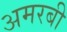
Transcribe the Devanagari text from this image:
अमरबी